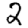
Digit: 2